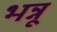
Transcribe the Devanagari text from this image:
भन्नू